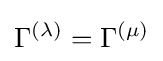
\Gamma ^{(\lambda )}=\Gamma ^{(\mu )}